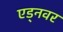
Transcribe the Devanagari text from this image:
एड्नवर